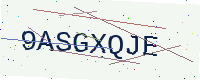
Text: 9ASGXQJE